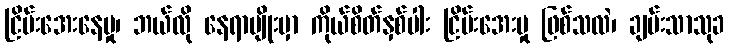
ငြိမ်းအေးနေမှု၊ ဘယ်လို နေရာမျိုးမှာ ကိုယ်စိတ်နှစ်ပါး ငြိမ်းအေးမှု ဖြစ်သလဲ၊ ချမ်းသာသုခ